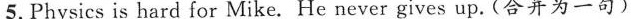
5. Physics is hard for Mike. He never gives up. (合并为一句)